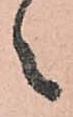
之